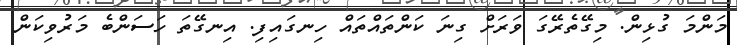
މަންމަ ގުޅިން. މިގޭތެރޭގަ ވަރަށް ގިނަ ކަންތައްތައް ހިނގައިފި. އިނގޭތަ ހަސަންބެ މަރުވިކަން